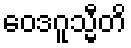
ဝေဒဂူသ္မီတိ